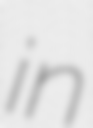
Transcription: in